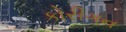
કોરીગન